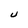
Character: U